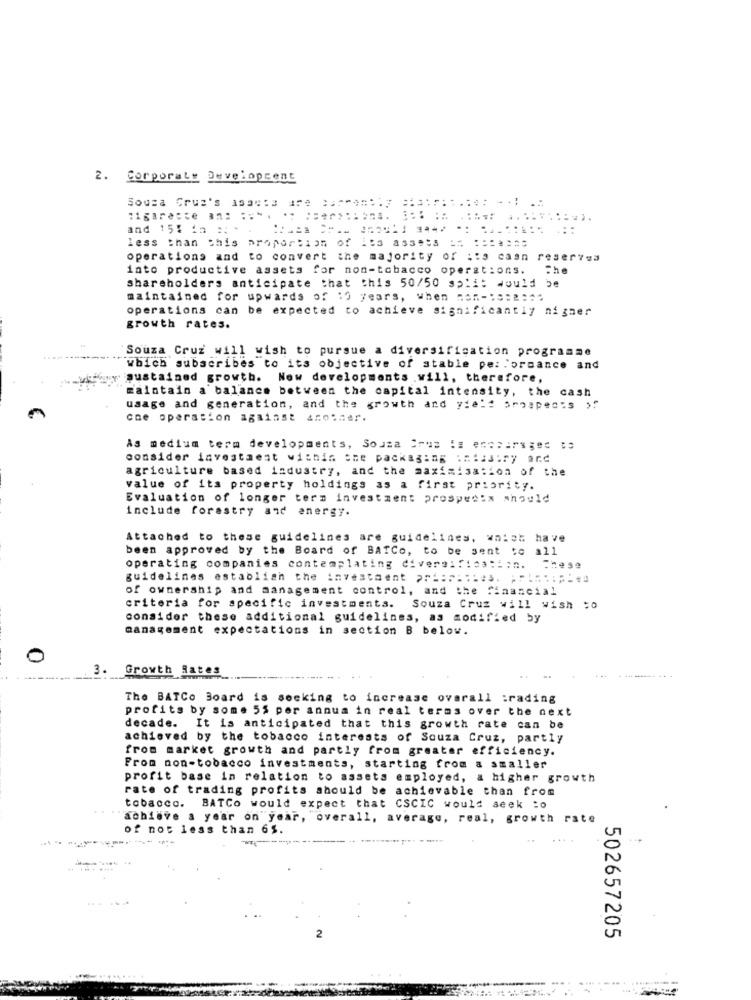
2. Corporate Developcent
Sousa Cruz's assets are carne ==. y == atr: : .: : : - - : . ..
and 15% in * *
less than this proportion of Its assets == =======
operations and to convert the majority of its casn reserves
into productive assets for non-tobacco operations.
The
shareholders anticipate that this 50/50 3;11: Would be
maintained for upwards of 10 years, When non-Name :::
operations can be expected to achieve significantly nigner
growth rates.
Souza Cruz will wish to pursue a diversification programme
Which subscribes to its objective of stable pe: Formance and
sustained growth. Now developments .will, therefore,
maintain a balance between the capital intensity, the cash
usage and generation, and the growth and yield arnapec's
one operation against another.
As medium term developments, Sousa Cras :: enesirs ges to
consider investment within sme packaging ihtiJury and
agriculture based industry, and the maximisation of the
value of its property holdings as a first priority.
Evaluation of longer term investment prospects should
include forestry and energy.
Attached to these guidelines are guidelines, walsh have
been approved by the Board of BATCo, to be sent to all
operating companies contemplating diversi fica ::: n.
guidelines establish the investment 2 ===== ==: s.
of ownership and management control, and the financial
criteria for specific investments. Souza Cruz will wish $0
consider these additional guidelines, as modified by
management expectations in section B below.
0
3.
Growth Rates
The BATCo Board is seeking to increase overall trading
profits by some 55 per annum in real terms over the next
decade. It is anticipated that this growth rate can be
achieved by the tobacco interests of Souza Cruz, partly
from market growth and partly from greater efficiency.
From non-tobacco investments, starting from a smaller
profit base in relation to assets employed, a higher growth
rate of trading profits should be achievable than from
tobacco. BATCo would expect that CSCIC would seek :o
achiave a year on year, overall, average, real, growth rate
of not less than 65.
......
502657205